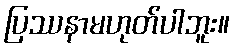
ပြဿနာမဟုတ်ပါဘူး။